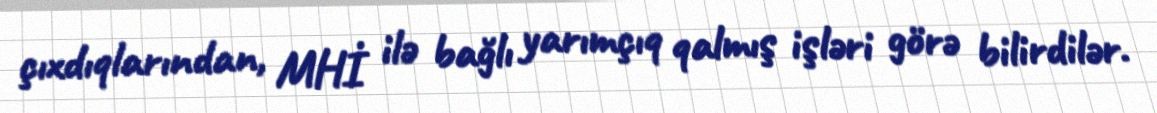
çıxdıqlarından, MHİ ilə bağlı yarımçıq qalmış işləri görə bilirdilər.